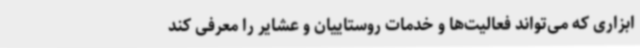
ابزاری که می‌تواند فعالیت‌ها و خدمات روستاییان و عشایر را معرفی کند